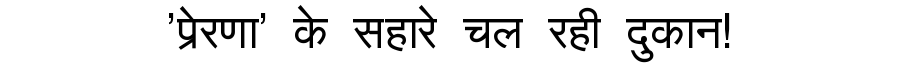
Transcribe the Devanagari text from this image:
'प्रेरणा' के सहारे चल रही दुकान!